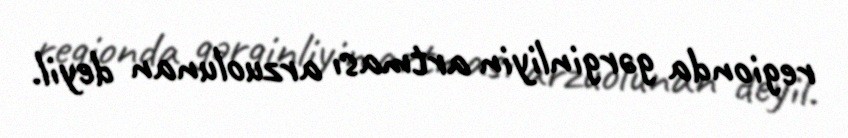
regionda gərginliyin artması arzuolunan deyil.